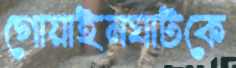
গোয়াইনঘাটকে